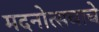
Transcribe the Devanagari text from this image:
मदनोत्सवाचे